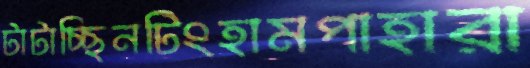
টাটাচ্ছিনটিংহামপাহারা